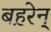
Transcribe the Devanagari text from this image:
बह़रेन्